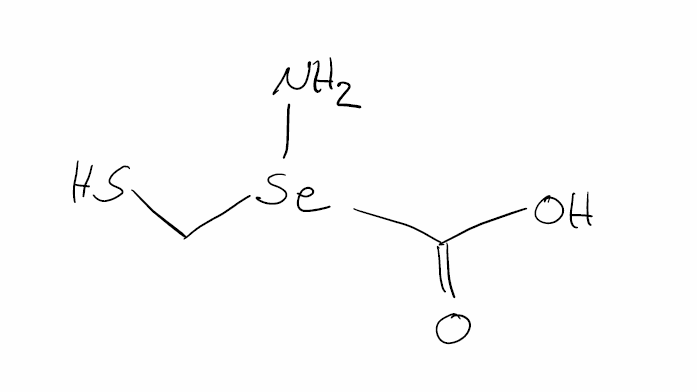
Simplified molecular-input line-entry system (SMILES) notation of the given molecule:
C(S)[Se](C(=O)O)N